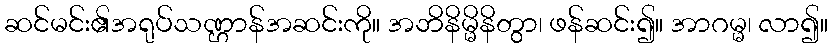
ဆင်မင်း၏အရုပ်သဏ္ဌာန်အဆင်းကို။ အဘိနိမ္မိနိတွာ၊ ဖန်ဆင်း၍။ အာဂမ္မ၊ လာ၍။